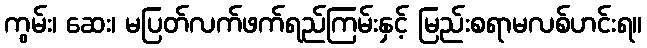
ကွမ်း၊ ဆေး၊ မပြတ်လက်ဖက်ရည်ကြမ်းနှင့် မြည်းစရာမလစ်ဟင်းရ။